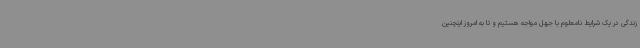
زندگی در یک شرایط نامعلوم با جهل مواجه هستیم و تا به امروز اینچنین